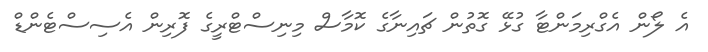
އެ ލޯން އެގްރިމަންޓާ ގުޅޭ ގޮތުން ޗައިނާގެ ކޮމާސް މިނިސްޓްރީގެ ފޮރިން އެސިސްޓެންޑް